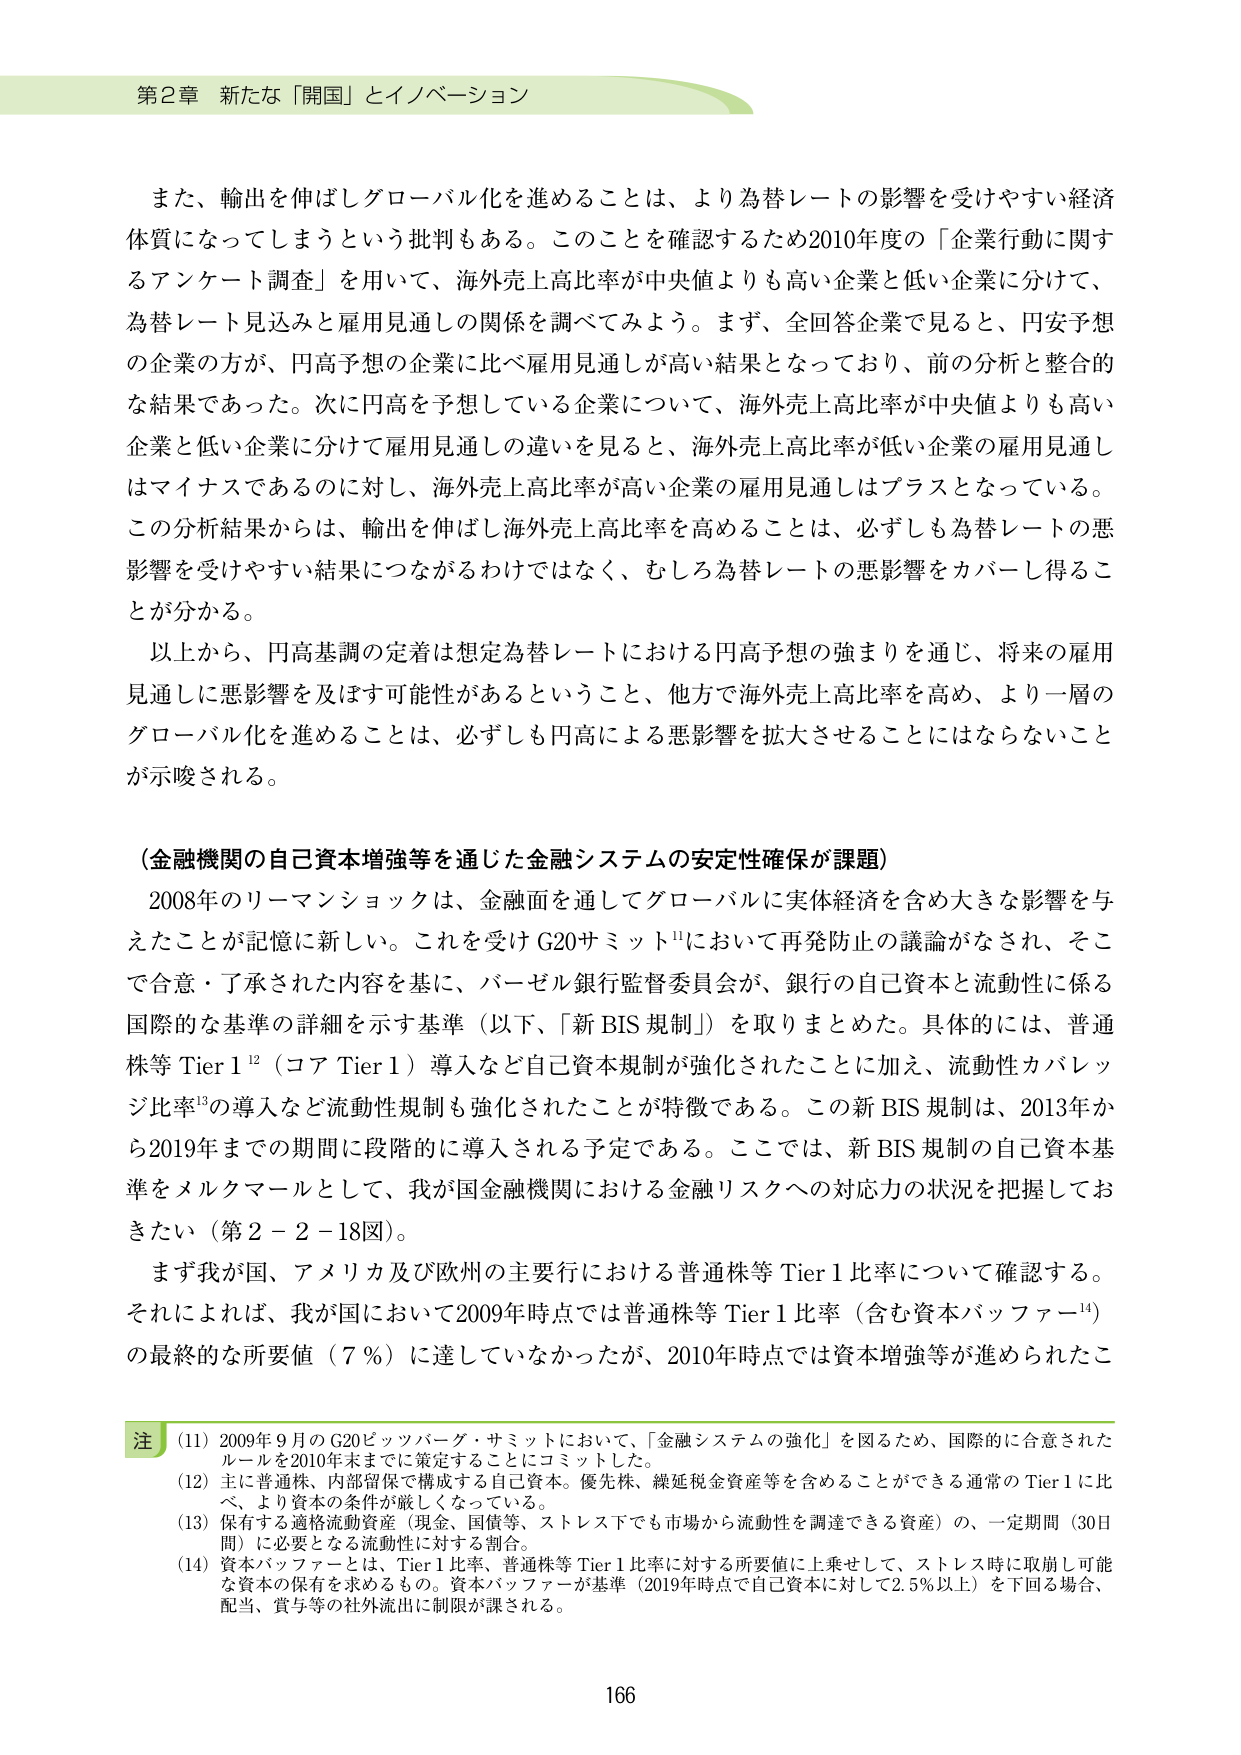
第2章 新たな「開国」とイノベーション

また、輸出を伸ばしグローバル化を進めることは、より為替レートの影響を受けやすい経済体質になってしまうという批判もある。このことを確認するため2010年度の「企業行動に関するアンケート調査」を用いて、海外売上高比率が中央値よりも高い企業と低い企業に分けて、為替レート見込みと雇用見通しの関係を調べてみよう。まず、全回答企業で見ると、円安予想の企業の方が、円高予想の企業に比べ雇用見通しが高い結果となっており、前の分析と整合的な結果であった。次に円高を予想している企業について、海外売上高比率が中央値よりも高い企業と低い企業に分けて雇用見通しの違いを見ると、海外売上高比率が低い企業の雇用見通しはマイナスであるのに対し、海外売上高比率が高い企業の雇用見通しはプラスとなっている。この分析結果からは、輸出を伸ばし海外売上高比率を高めることは、必ずしも為替レートの悪影響を受けやすい結果につながるわけではなく、むしろ為替レートの悪影響をカバーし得ることが分かる。

以上から、円高基調の定着は想定為替レートにおける円高予想の強まりを通じ、将来の雇用見通しに悪影響を及ぼす可能性があるということ、他方で海外売上高比率を高め、より一層のグローバル化を進めることは、必ずしも円高による悪影響を拡大させることにはならないことが示唆される。

（金融機関の自己資本増強等を通じた金融システムの安定性確保が課題）

2008年のリーマンショックは、金融面を通じてグローバルに実体経済を含め大きな影響を与えたことが記憶に新しい。これを受けてG20サミット¹¹において再発防止の議論がなされ、そこで合意・了承された内容を基に、バーゼル銀行監督委員会が、銀行の自己資本と流動性に係る国際的な基準の詳細を示す基準（以下、「新BIS規制」）を取りまとめた。具体的には、普通株等Tier1¹²（コアTier1）導入など自己資本規制が強化されたことに加え、流動性カバレッジ比率¹³の導入など流動性規制も強化されたことが特徴である。この新BIS規制は、2013年から2019年までの期間に段階的に導入される予定である。ここでは、新BIS規制の自己資本基準をメルクマールとして、我が国金融機関における金融リスクへの対応力の状況を把握しておきたい（第2－2－18図）。

まず我が国、アメリカ及び欧州の主要行における普通株等Tier1比率について確認する。それによれば、我が国において2009年時点では普通株等Tier1比率（含む資本バッファー¹⁴）の最終的な所要値（7％）に達していなかったが、2010年時点では資本増強等が進められたこ

注
(11) 2009年9月のG20ピッツバーグ・サミットにおいて、「金融システムの強化」を図るため、国際的に合意されたルールを2010年末までに策定することにコミットした。
(12) 主に普通株、内部留保で構成する自己資本。優先株、繰延税金資産等を含めることができる通常のTier1に比べ、より資本の条件が厳しくなっている。
(13) 保有する適格流動資産（現金、国債等、ストレス下でも市場から流動性を調達できる資産）の、一定期間（30日間）に必要となる流動性に対する割合。
(14) 資本バッファーとは、Tier1比率、普通株等Tier1比率に対する所要値に上乗せして、ストレス時に取崩し可能な資本の保有を求めるもの。資本バッファーが基準（2019年時点で自己資本に対して2.5％以上）を下回る場合、配当、賞与等の社外流出に制限が課される。

166